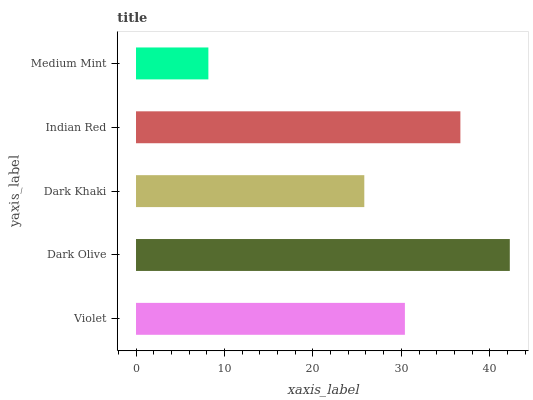
| yaxis_label | bars |
 | --- | --- |
 | Violet | 30.4 |
 | Dark Olive | 42.3 |
 | Dark Khaki | 25.8 |
 | Indian Red | 36.7 |
 | Medium Mint | 8.18 |